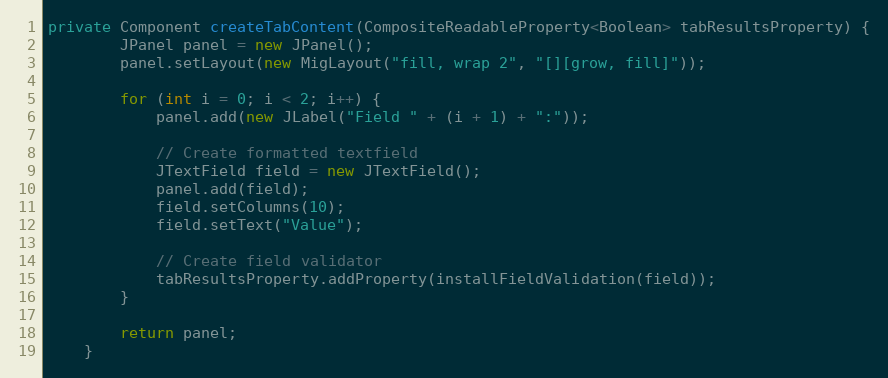
Language: Java
private Component createTabContent(CompositeReadableProperty<Boolean> tabResultsProperty) {
        JPanel panel = new JPanel();
        panel.setLayout(new MigLayout("fill, wrap 2", "[][grow, fill]"));

        for (int i = 0; i < 2; i++) {
            panel.add(new JLabel("Field " + (i + 1) + ":"));

            // Create formatted textfield
            JTextField field = new JTextField();
            panel.add(field);
            field.setColumns(10);
            field.setText("Value");

            // Create field validator
            tabResultsProperty.addProperty(installFieldValidation(field));
        }

        return panel;
    }